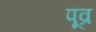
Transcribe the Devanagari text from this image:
पूव्र